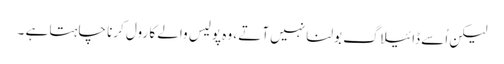
لیکن اُسے ڈائیلاگ بولنا نہیں آتے ، وہ پولیس والے کا رول کرنا چاہتا ہے ۔